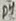
Text: D4